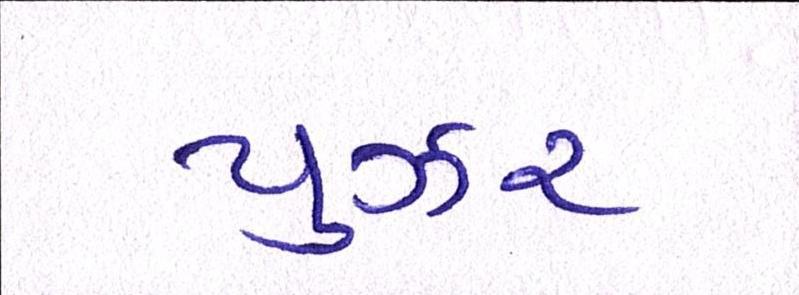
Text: યુઝર